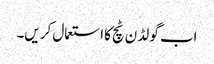
اب گو لڈ ن ٹچ کا استعمال کر یں۔